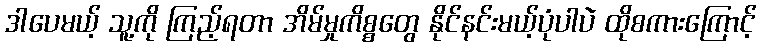
ဒါပေမယ့် သူ့ကို ကြည့်ရတာ အိမ်မှုကိစ္စတွေ နိုင်နင်းမယ့်ပုံပါပဲ ထိုစကားကြောင့်